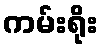
ကမ်းရိုး